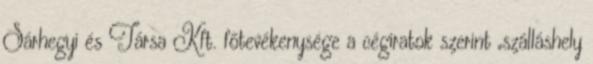
Sárhegyi és Társa Kft. főtevékenysége a cégiratok szerint „szálláshely